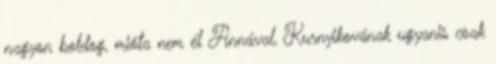
nagyon boldog, mióta nem él Annával, Kurnyikovának ugyanis csak